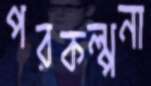
পরকল্পনা